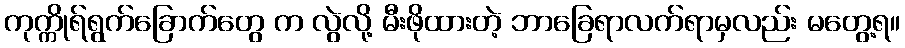
ကုက္ကိုရ်ရွက်ခြောက်တွေ က လွဲလို့ မီးဖိုထားတဲ့ ဘာခြေရာလက်ရာမှလည်း မတွေ့ရ။